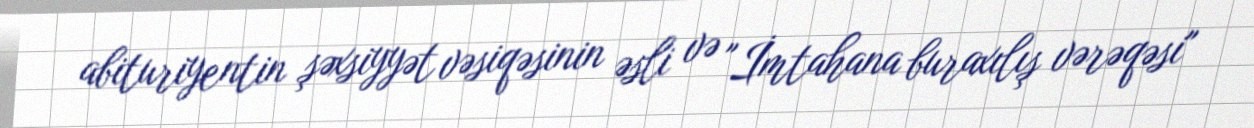
abituriyentin şəxsiyyət vəsiqəsinin əsli və "İmtahana buraxılış vərəqəsi"